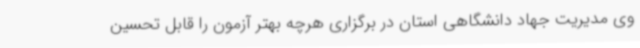
وی مدیریت جهاد دانشگاهی استان در برگزاری هرچه بهتر آزمون را قابل تحسین